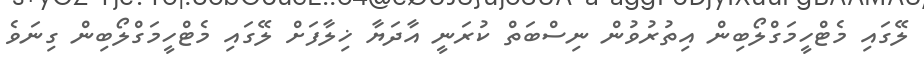
ލޭގައި މެޓްހީމަގްލޯބިން އިތުރުވުން ނިސްބަތް ކުރަނީ އާދަޔާ ޚިލާފަށް ލޭގައި މެޓްހީމަގްލޯބިން ގިނަވެ